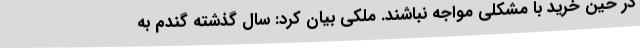
در حین خرید با مشکلی مواجه نباشند. ملکی بیان کرد: سال گذشته گندم به